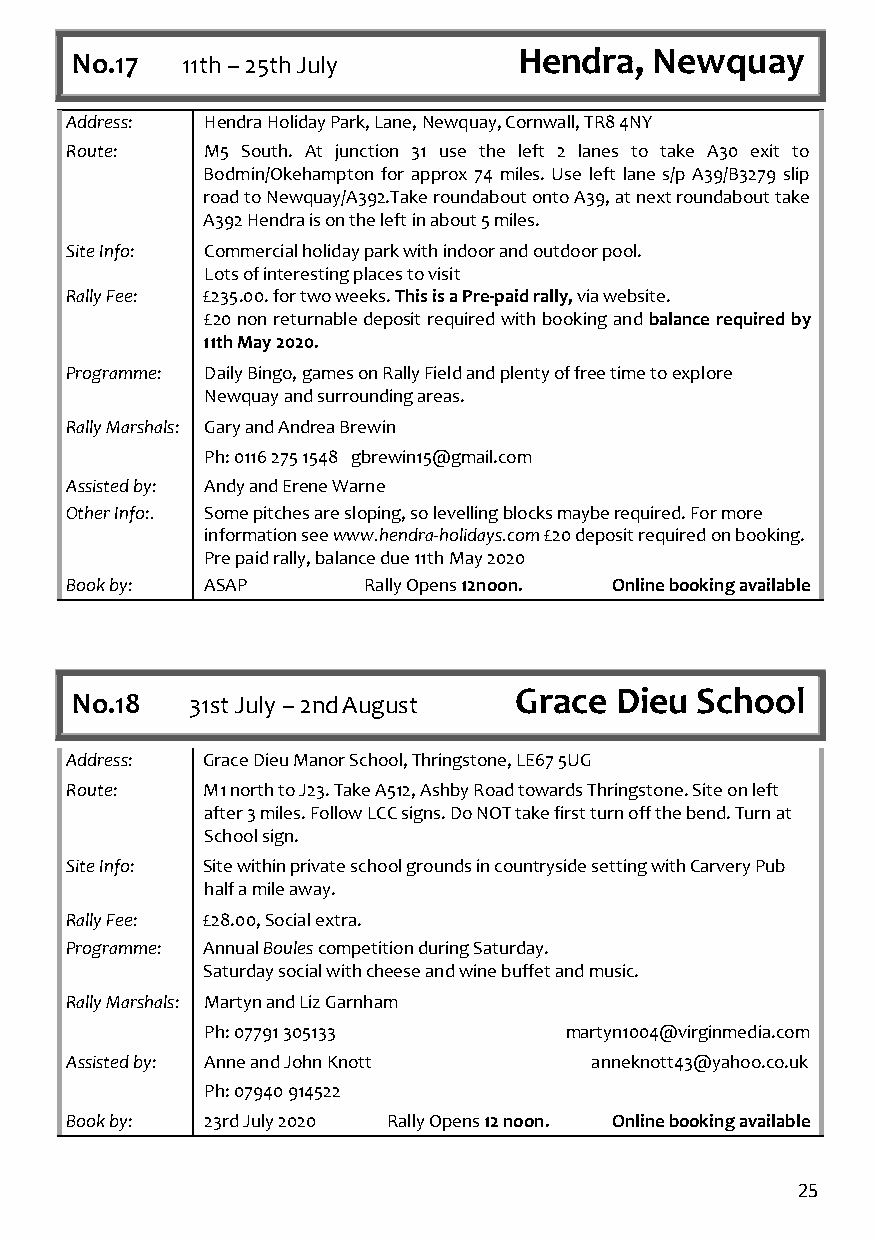
No.17  11th – 25th July      Hendra,  Newquay
 Address:  Hendra Holiday Park, Lane, Newquay, Cornwall, TR8 4NY
 Route:    M5 South. At junction 31 use the left 2 lanes to take A30 exit to
 Bodmin/Okehampton for approx 74 miles. Use left lane s/p A39/B3279 slip
 road to Newquay/A392.Take roundabout onto A39, at next roundabout take
 A392 Hendra is on the left in about 5 miles.
 Site Info: Commercial holiday park with indoor and outdoor pool.
 Lots of interesting places to visit
 Rally Fee: £235.00. for two weeks. This is a Pre-paid rally, via website.
 £20 non returnable deposit required with booking and balance required by
 11th May 2020.
 Programme: Daily Bingo, games on Rally Field and plenty of free time to explore
 Newquay and surrounding areas.
 Rally Marshals: Gary and Andrea Brewin
 Ph: 0116 275 1548 gbrewin15@gmail.com
 Assisted by: Andy and Erene Warne
 Other Info:. Some pitches are sloping, so levelling blocks maybe required. For more
 information see www.hendra-holidays.com £20 deposit required on booking.
 Pre paid rally, balance due 11th May 2020
 Book by:  ASAP      Rally Opens 12noon. Online booking available
 No.18   31st July – 2nd August Grace Dieu School
 Address: Grace Dieu Manor School, Thringstone, LE67 5UG
 Route:   M1 north to J23. Take A512, Ashby Road towards Thringstone. Site on left
 after 3 miles. Follow LCC signs. Do NOT take first turn off the bend. Turn at
 School sign.
 Site Info: Site within private school grounds in countryside setting with Carvery Pub
 half a mile away.
 Rally Fee: £28.00, Social extra.
 Programme: Annual Boules competition during Saturday.
 Saturday social with cheese and wine buffet and music.
 Rally Marshals: Martyn and Liz Garnham
 Ph: 07791 305133       martyn1004@virginmedia.com
 Assisted by: Anne and John Knott   anneknott43@yahoo.co.uk
 Ph: 07940 914522
 Book by:  23rd July 2020 Rally Opens 12 noon. Online booking available
 25